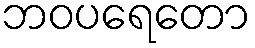
ဘဝပရေတော